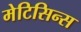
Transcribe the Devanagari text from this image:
मेटिसिन्स